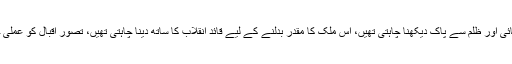
صرف یہی کہ وہ اس ملک کو کرپشن، دہشت گردی، مہنگائی اور ظلم سے پاک دیکھنا چاہتی تھیں، اس ملک کا مقدر بدلنے کے لیے قائد انقلاب کا ساتھ دینا چاہتی تھیں، تصورِ اِقبال کو عملی جامہ پہنانے کے لیے اس قوم کا شعور بیدار کر رہی تھیں۔